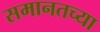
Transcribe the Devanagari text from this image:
समानतच्या